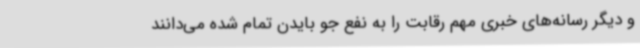
و دیگر رسانه‌های خبری مهم رقابت را به نفع جو بایدن تمام شده می‌دانند